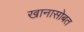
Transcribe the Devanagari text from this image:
खानासोबत